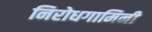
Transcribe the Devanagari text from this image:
निरोधगामिनी